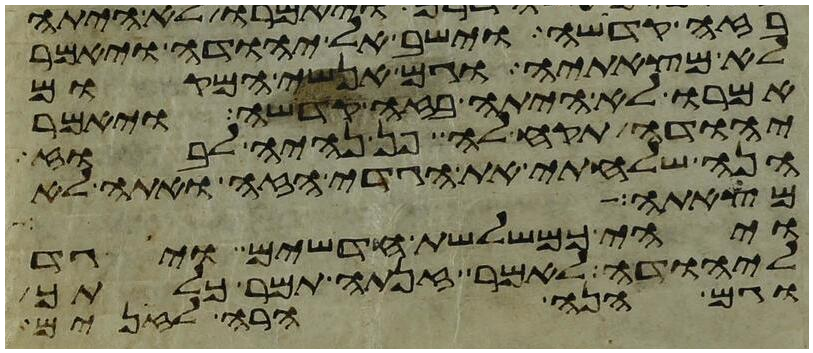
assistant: בזה קדשה וישב אל יהודה ויאמר
לא מצאתיה וגם אנשי המקום
אמרו לא היתה בזה קדשה ויאמר
יהודה תקח לה פן נהיה לבוז
הנה שלחתי את הגדי הזה ואתה לא
מצאתה ויהי
ויהי כמשלשת חדשים ויגד
ליהודה לאמר זנתה תמר כלתך
וגם הנה הרה לזנים